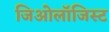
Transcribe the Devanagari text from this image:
जिओलॉजिस्ट